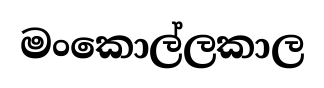
මංකොල්ලකාල